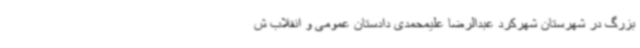
بزرگ در شهرستان شهرکرد عبدالرضا علیمحمدی دادستان عمومی و انقلاب ش